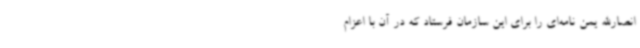
انصارالله یمن نامه‌ای را برای این سازمان فرستاد که در آن با اعزام